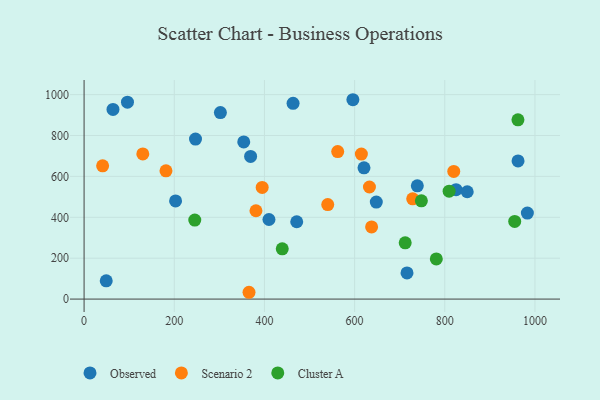
{"axis": {"x": "Investment", "y": "Fuel Efficiency"}, "legend": ["Cluster A", "Observed", "Scenario 2"], "data": [{"x": "962.5", "y": 675.7, "type": "Observed"}, {"x": "354.1", "y": 768.5, "type": "Observed"}, {"x": "983.2", "y": 420.6, "type": "Observed"}, {"x": "369.3", "y": 697.9, "type": "Observed"}, {"x": "739.1", "y": 553.8, "type": "Observed"}, {"x": "596.2", "y": 975.0, "type": "Observed"}, {"x": "648.1", "y": 474.6, "type": "Observed"}, {"x": "96.2", "y": 963.1, "type": "Observed"}, {"x": "64.1", "y": 927.5, "type": "Observed"}, {"x": "247.1", "y": 782.4, "type": "Observed"}, {"x": "463.5", "y": 957.2, "type": "Observed"}, {"x": "825.0", "y": 534.9, "type": "Observed"}, {"x": "49.1", "y": 89.3, "type": "Observed"}, {"x": "471.6", "y": 378.1, "type": "Observed"}, {"x": "849.8", "y": 524.9, "type": "Observed"}, {"x": "620.8", "y": 641.8, "type": "Observed"}, {"x": "410.0", "y": 389.2, "type": "Observed"}, {"x": "716.2", "y": 127.9, "type": "Observed"}, {"x": "302.3", "y": 912.1, "type": "Observed"}, {"x": "202.9", "y": 480.1, "type": "Observed"}, {"x": "395.0", "y": 546.3, "type": "Scenario 2"}, {"x": "819.9", "y": 624.2, "type": "Scenario 2"}, {"x": "365.8", "y": 33.3, "type": "Scenario 2"}, {"x": "615.0", "y": 709.1, "type": "Scenario 2"}, {"x": "637.7", "y": 353.1, "type": "Scenario 2"}, {"x": "540.4", "y": 462.3, "type": "Scenario 2"}, {"x": "181.6", "y": 627.3, "type": "Scenario 2"}, {"x": "562.5", "y": 721.2, "type": "Scenario 2"}, {"x": "130.2", "y": 709.7, "type": "Scenario 2"}, {"x": "381.2", "y": 432.0, "type": "Scenario 2"}, {"x": "728.8", "y": 490.3, "type": "Scenario 2"}, {"x": "41.1", "y": 651.7, "type": "Scenario 2"}, {"x": "632.9", "y": 548.1, "type": "Scenario 2"}, {"x": "809.6", "y": 527.6, "type": "Cluster A"}, {"x": "712.2", "y": 275.1, "type": "Cluster A"}, {"x": "781.2", "y": 196.2, "type": "Cluster A"}, {"x": "748.1", "y": 480.7, "type": "Cluster A"}, {"x": "962.3", "y": 876.7, "type": "Cluster A"}, {"x": "439.5", "y": 245.9, "type": "Cluster A"}, {"x": "955.1", "y": 380.0, "type": "Cluster A"}, {"x": "245.5", "y": 386.6, "type": "Cluster A"}]}